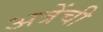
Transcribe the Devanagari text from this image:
अत्रेंची